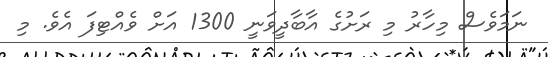
ނަމަވެސް މިހާރު މި ރަށުގެ އާބާދީވަނީ 1300 އަށް ވެއްޓިފަ އެވެ. މި